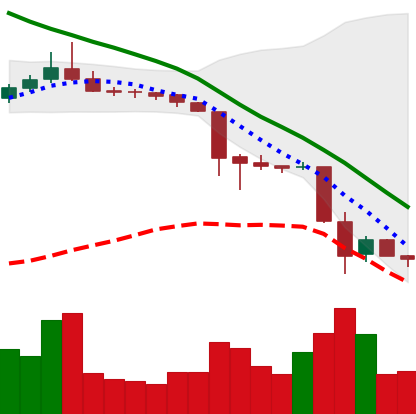
Ticker: TRX-USD
Chart end date: 2018-11-23
Forward return: 7.162%
Label: up_7plus